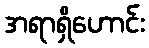
အရာရှိဟောင်း